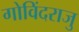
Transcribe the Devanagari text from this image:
गोविंदराजु